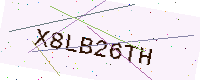
Text: X8LB26TH